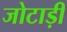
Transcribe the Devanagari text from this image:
जोटाड़ी